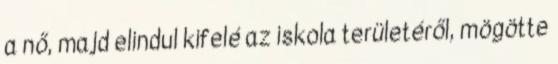
a nő, majd elindul kifelé az iskola területéről, mögötte